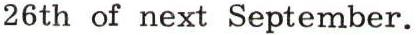
26th of next September.